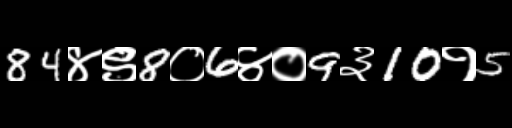
Text: 84४९8०6४०9३10१5